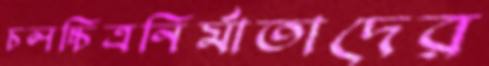
চলচ্চিত্রনির্মাতাদের